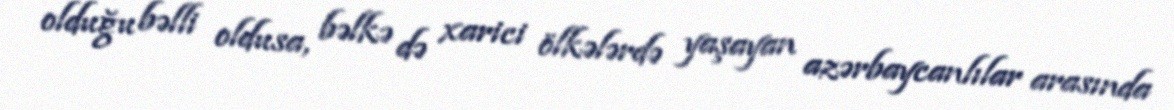
olduğu bəlli oldusa, bəlkə də xarici ölkələrdə yaşayan azərbaycanlılar arasında